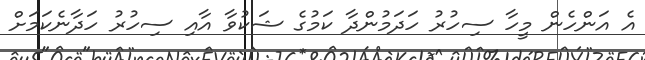
އެ އަންހެން މީހާ ސިހުރު ހަދަމުންދާ ކަމުގެ ޝަކުވާ އާއި ސިހުުރު ހަދާނެކަމަށް